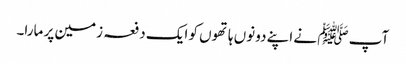
آپ ﷺ نے اپنے دونوں ہاتھوں کو ایک دفعہ زمین پر مارا۔